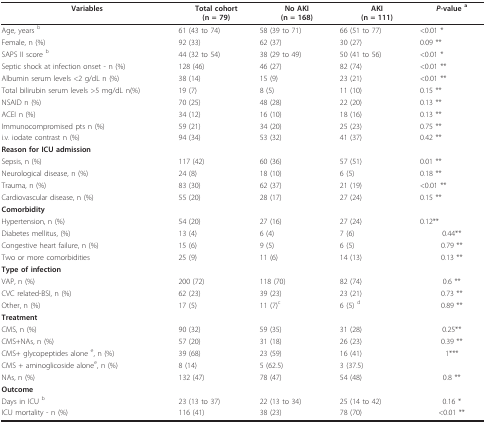
<table><thead><tr><td><b>Variables</b></td><td><b>Total cohort(n = 79)</b></td><td><b>No AKI(n = 168)</b></td><td><b>AKI(n = 111)</b></td><td><b><i>P</i>-value <sup>a</sup></b></td></tr></thead><tbody><tr><td>Age, years <sup>b</sup></td><td>61 (43 to 74)</td><td>58 (39 to 71)</td><td>66 (51 to 77)</td><td>&lt;0.01 *</td></tr><tr><td>Female, n (%)</td><td>92 (33)</td><td>62 (37)</td><td>30 (27)</td><td>0.09 **</td></tr><tr><td>SAPS II score <sup>b</sup></td><td>44 (32 to 54)</td><td>38 (29 to 49)</td><td>50 (41 to 56)</td><td>&lt;0.01 *</td></tr><tr><td>Septic shock at infection onset - n (%)</td><td>128 (46)</td><td>46 (27)</td><td>82 (74)</td><td>&lt;0.01 **</td></tr><tr><td>Albumin serum levels &lt;2 g/dL n (%)</td><td>38 (14)</td><td>15 (9)</td><td>23 (21)</td><td>&lt;0.01 **</td></tr><tr><td>Total bilirubin serum levels &gt;5 mg/dL n(%)</td><td>19 (7)</td><td>8 (5)</td><td>11 (10)</td><td>0.15 **</td></tr><tr><td>NSAID n (%)</td><td>70 (25)</td><td>48 (28)</td><td>22 (20)</td><td>0.13 **</td></tr><tr><td>ACEI n (%)</td><td>34 (12)</td><td>16 (10)</td><td>18 (16)</td><td>0.13 **</td></tr><tr><td>Immunocompromised pts n (%)</td><td>59 (21)</td><td>34 (20)</td><td>25 (23)</td><td>0.75 **</td></tr><tr><td>i.v. iodate contrast n (%)</td><td>94 (34)</td><td>53 (32)</td><td>41 (37)</td><td>0.42 **</td></tr><tr><td><b>Reason for ICU admission </b></td><td></td><td></td><td></td><td></td></tr><tr><td>Sepsis, n (%)</td><td>117 (42)</td><td>60 (36)</td><td>57 (51)</td><td>0.01 **</td></tr><tr><td>Neurological disease, n (%)</td><td>24 (8)</td><td>18 (10)</td><td>6 (5)</td><td>0.18 **</td></tr><tr><td>Trauma, n (%)</td><td>83 (30)</td><td>62 (37)</td><td>21 (19)</td><td>&lt;0.01 **</td></tr><tr><td>Cardiovascular disease, n (%)</td><td>55 (20)</td><td>28 (17)</td><td>27 (24)</td><td>0.15 **</td></tr><tr><td><b>Comorbidity </b></td><td></td><td></td><td></td><td></td></tr><tr><td>Hypertension, n (%)</td><td>54 (20)</td><td>27 (16)</td><td>27 (24)</td><td>0.12**</td></tr><tr><td>Diabetes mellitus, (%)</td><td>13 (4)</td><td>6 (4)</td><td>7 (6)</td><td>0.44**</td></tr><tr><td>Congestive heart failure, n (%)</td><td>15 (6)</td><td>9 (5)</td><td>6 (5)</td><td>0.79 **</td></tr><tr><td>Two or more comorbidities</td><td>25 (9)</td><td>11 (6)</td><td>14 (13)</td><td>0.13 **</td></tr><tr><td><b>Type of infection </b></td><td></td><td></td><td></td><td></td></tr><tr><td>VAP, n (%)</td><td>200 (72)</td><td>118 (70)</td><td>82 (74)</td><td>0.6 **</td></tr><tr><td>CVC related-BSI, n (%)</td><td>62 (23)</td><td>39 (23)</td><td>23 (21)</td><td>0.73 **</td></tr><tr><td>Other, n (%)</td><td>17 (5)</td><td>11 (7)<sup>c</sup></td><td>6 (5) <sup>d</sup></td><td>0.89 **</td></tr><tr><td><b>Treatment </b></td><td></td><td></td><td></td><td></td></tr><tr><td>CMS, n (%)</td><td>90 (32)</td><td>59 (35)</td><td>31 (28)</td><td>0.25**</td></tr><tr><td>CMS+NAs, n (%)</td><td>57 (20)</td><td>31 (18)</td><td>26 (23)</td><td>0.39 **</td></tr><tr><td>CMS+ glycopeptides alone <sup>e</sup>, n (%)</td><td>39 (68)</td><td>23 (59)</td><td>16 (41)</td><td>1***</td></tr><tr><td>CMS + aminoglicoside alone<sup>e</sup>, n (%)</td><td>8 (14)</td><td>5 (62.5)</td><td>3 (37.5)</td><td></td></tr><tr><td>NAs, n (%)</td><td>132 (47)</td><td>78 (47)</td><td>54 (48)</td><td>0.8 **</td></tr><tr><td><b>Outcome</b></td><td></td><td></td><td></td><td></td></tr><tr><td>Days in ICU <sup>b</sup></td><td>23 (13 to 37)</td><td>22 (13 to 34)</td><td>25 (14 to 42)</td><td>0.16 *</td></tr><tr><td>ICU mortality - n (%)</td><td>116 (41)</td><td>38 (23)</td><td>78 (70)</td><td>&lt;0.01 **</td></tr></tbody></table>